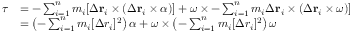
{ \begin{array} { r l } { { \boldsymbol { \tau } } } & { = - \sum _ { i = 1 } ^ { n } m _ { i } [ \Delta \mathbf { r } _ { i } \times ( \Delta \mathbf { r } _ { i } \times { \boldsymbol { \alpha } } ) ] + { \boldsymbol { \omega } } \times - \sum _ { i = 1 } ^ { n } m _ { i } \Delta \mathbf { r } _ { i } \times ( \Delta \mathbf { r } _ { i } \times { \boldsymbol { \omega } } ) ] } \\ & { = \left( - \sum _ { i = 1 } ^ { n } m _ { i } [ \Delta r _ { i } ] ^ { 2 } \right) { \boldsymbol { \alpha } } + { \boldsymbol { \omega } } \times \left( - \sum _ { i = 1 } ^ { n } m _ { i } [ \Delta r _ { i } ] ^ { 2 } \right) { \boldsymbol { \omega } } } \end{array} }